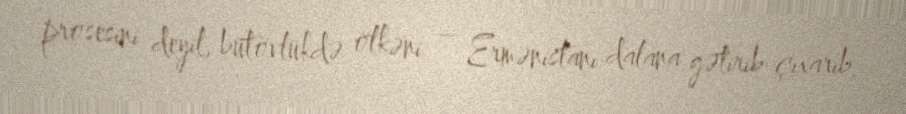
prosesini deyil, bütövlükdə ölkəni – Ermənistanı dalana gətirib çıxarıb.